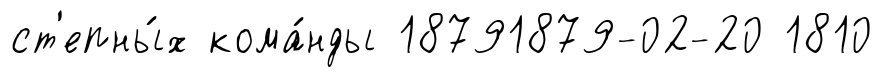
ст'епны́х кома́нды 18791879-02-20 1810